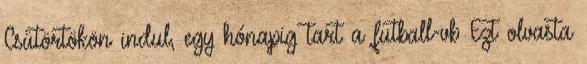
Csütörtökön indul, egy hónapig tart a futball-vb Ezt olvasta